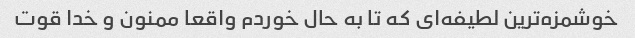
خوشمزه‌ترین لطیفه‌ای که تا به حال خوردم واقعا ممنون و خدا قوت